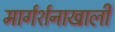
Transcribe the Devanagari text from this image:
मार्गर्शनाखाली